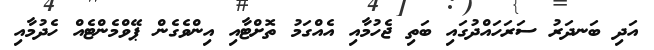
އަދި ބަނދަރު ސަރަހައްދުގައި ބަތި ޖެހުމާއި އެއްގަމު ތޮށްޓާއި އިންވެގެން ޕޭވްމެންޓެއް ހެދުމާއި